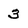
Character: 3